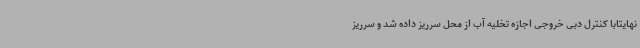
نهایتابا کنترل دبی خروجی اجازه تخلیه آب از محل سرریز داده شد و سرریز